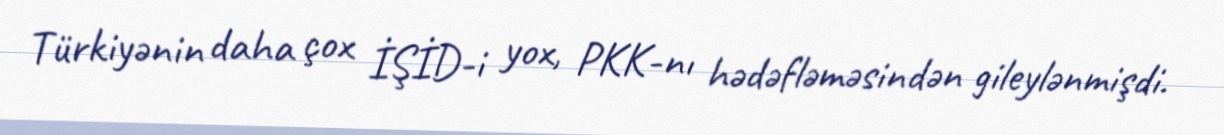
Türkiyənin daha çox İŞİD-i yox, PKK-nı hədəfləməsindən gileylənmişdi.